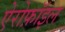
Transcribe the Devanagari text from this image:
ऐरोफ़ॉइल